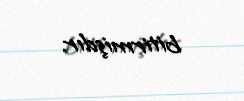
bitirmişdır.